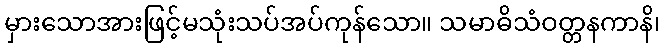
မှားသောအားဖြင့်မသုံးသပ်အပ်ကုန်သော။ သမာဓိသံဝတ္တနကာနိ၊